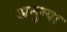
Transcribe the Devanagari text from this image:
अनुग्या